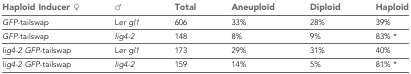
<table><thead><tr><td><b>Haploid Inducer ♀</b></td><td><b>♂</b></td><td><b>Total</b></td><td><b>Aneuploid</b></td><td><b>Diploid</b></td><td><b>Haploid</b></td></tr></thead><tbody><tr><td><i>GFP</i>-tailswap</td><td>L<i>er gl1</i></td><td>606</td><td>33%</td><td>28%</td><td>39%</td></tr><tr><td><i>GFP</i>-tailswap</td><td><i>lig4-2</i></td><td>148</td><td>8%</td><td>9%</td><td>83% *</td></tr><tr><td><i>lig4-2 GFP</i>-tailswap</td><td>L<i>er gl1</i></td><td>173</td><td>29%</td><td>31%</td><td>40%</td></tr><tr><td><i>lig4-2 GFP</i>-tailswap</td><td><i>lig4-2</i></td><td>159</td><td>14%</td><td>5%</td><td>81% *</td></tr></tbody></table>